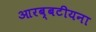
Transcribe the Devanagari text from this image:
आरब्बटीयना